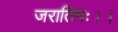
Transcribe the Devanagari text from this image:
जरातिगः।।